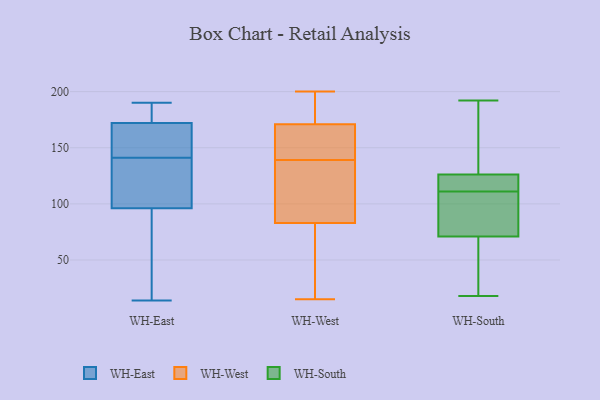
{"axis": {"x": "Satisfaction Score", "y": "Value"}, "legend": ["WH-East", "WH-South", "WH-West"], "data": [{"x": "", "y": 128, "type": "WH-East"}, {"x": "", "y": 164, "type": "WH-East"}, {"x": "", "y": 177, "type": "WH-East"}, {"x": "", "y": 20, "type": "WH-East"}, {"x": "", "y": 172, "type": "WH-East"}, {"x": "", "y": 135, "type": "WH-East"}, {"x": "", "y": 126, "type": "WH-East"}, {"x": "", "y": 96, "type": "WH-East"}, {"x": "", "y": 147, "type": "WH-East"}, {"x": "", "y": 20, "type": "WH-East"}, {"x": "", "y": 189, "type": "WH-East"}, {"x": "", "y": 190, "type": "WH-East"}, {"x": "", "y": 110, "type": "WH-East"}, {"x": "", "y": 173, "type": "WH-East"}, {"x": "", "y": 170, "type": "WH-East"}, {"x": "", "y": 69, "type": "WH-East"}, {"x": "", "y": 14, "type": "WH-East"}, {"x": "", "y": 151, "type": "WH-East"}, {"x": "", "y": 167, "type": "WH-West"}, {"x": "", "y": 171, "type": "WH-West"}, {"x": "", "y": 124, "type": "WH-West"}, {"x": "", "y": 150, "type": "WH-West"}, {"x": "", "y": 192, "type": "WH-West"}, {"x": "", "y": 83, "type": "WH-West"}, {"x": "", "y": 79, "type": "WH-West"}, {"x": "", "y": 28, "type": "WH-West"}, {"x": "", "y": 142, "type": "WH-West"}, {"x": "", "y": 180, "type": "WH-West"}, {"x": "", "y": 200, "type": "WH-West"}, {"x": "", "y": 118, "type": "WH-West"}, {"x": "", "y": 15, "type": "WH-West"}, {"x": "", "y": 136, "type": "WH-West"}, {"x": "", "y": 187, "type": "WH-South"}, {"x": "", "y": 47, "type": "WH-South"}, {"x": "", "y": 111, "type": "WH-South"}, {"x": "", "y": 78, "type": "WH-South"}, {"x": "", "y": 103, "type": "WH-South"}, {"x": "", "y": 124, "type": "WH-South"}, {"x": "", "y": 50, "type": "WH-South"}, {"x": "", "y": 192, "type": "WH-South"}, {"x": "", "y": 133, "type": "WH-South"}, {"x": "", "y": 124, "type": "WH-South"}, {"x": "", "y": 18, "type": "WH-South"}, {"x": "", "y": 80, "type": "WH-South"}, {"x": "", "y": 114, "type": "WH-South"}]}